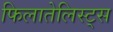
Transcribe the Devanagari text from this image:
फिलातेलिस्ट्स